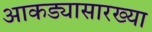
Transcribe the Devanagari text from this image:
आकड्यासारख्या